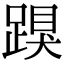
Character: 䠐